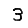
Digit: 3